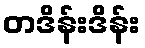
တဒိန်းဒိန်း